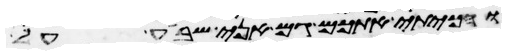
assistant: והכיתי אתכם גם אני שבע על